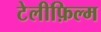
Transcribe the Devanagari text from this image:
टेलीफ़िल्म